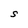
Character: S